Investigations on Bengal jail dietaries - Number 37
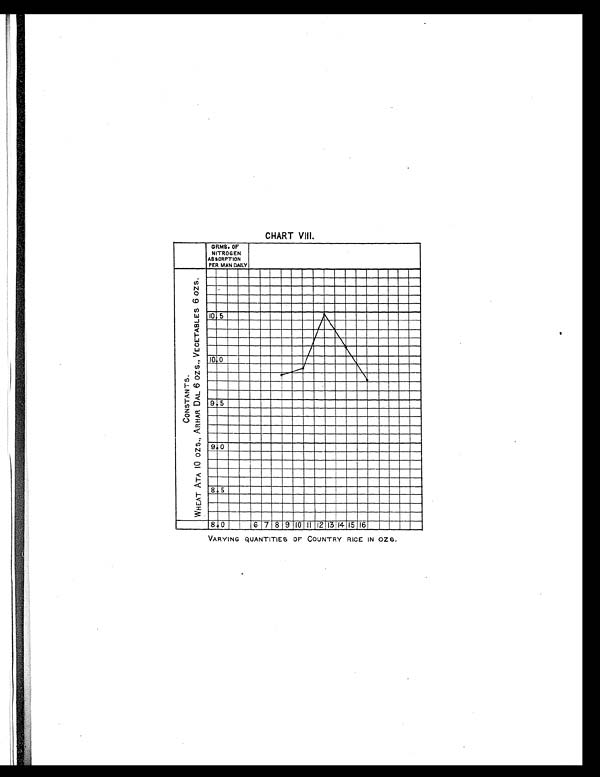
CHART VIII.
VARYING QUANTITIES OF COUNTRY RICE IN OZS.